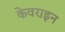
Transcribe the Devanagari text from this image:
केवराइन